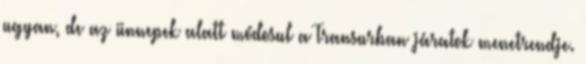
ugyan, de az ünnepek alatt módosul a Transurban–járatok menetrendje.